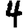
Digit: 4